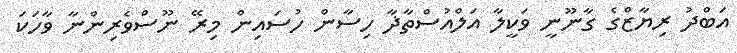
އަބްދު ރިޔާޒްގެ ގާނޫނީ ވަކީލާ އަލްއުސްތާޛާ ހިސާން ހުސައިން މިރޭ ނޫސްވެރިންނާ ވާހަކަ